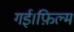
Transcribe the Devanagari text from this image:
गई।फ़िल्म